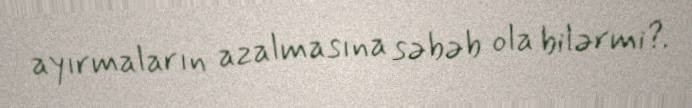
ayırmaların azalmasına səbəb ola bilərmi?.